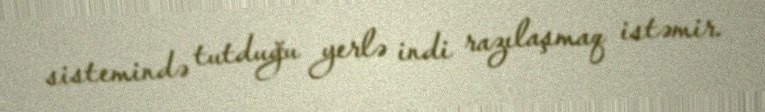
sistemində tutduğu yerlə indi razılaşmaq istəmir.